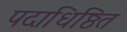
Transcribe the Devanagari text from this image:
पदाधिष्ठित